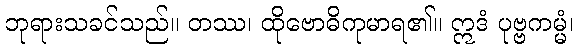
ဘုရားသခင်သည်။ တဿ၊ ထိုဗောဓိကုမာရ၏။ ဣဒံ ပုဗ္ဗကမ္မံ၊